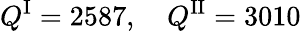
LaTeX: Q^{\mathrm{I}}=2587,\quad Q^{\mathrm{II}}=3010